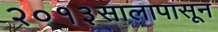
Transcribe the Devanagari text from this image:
२०१३सालापासून